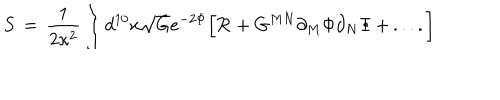
S \, = \, { \frac { 1 } { 2 \kappa ^ { 2 } } } \int d ^ { 1 0 } x \sqrt { G } e ^ { - 2 \Phi } \Big [ { \cal R } + G ^ { M N } \partial _ { M } \Phi \partial _ { N } \Phi \, + \, . . . . \Big ]